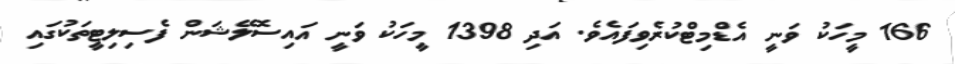
166 މީހަކު ވަނީ އެޑްމިޓްކުރެވިފައެވެ. އަދި 1398 މީހަކު ވަނީ އައިސޮލޭޝަން ފެސިލިޓީތަކުގައި